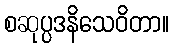
စဆုပ္ပဒနိသေဝိတာ။